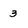
Character: 3